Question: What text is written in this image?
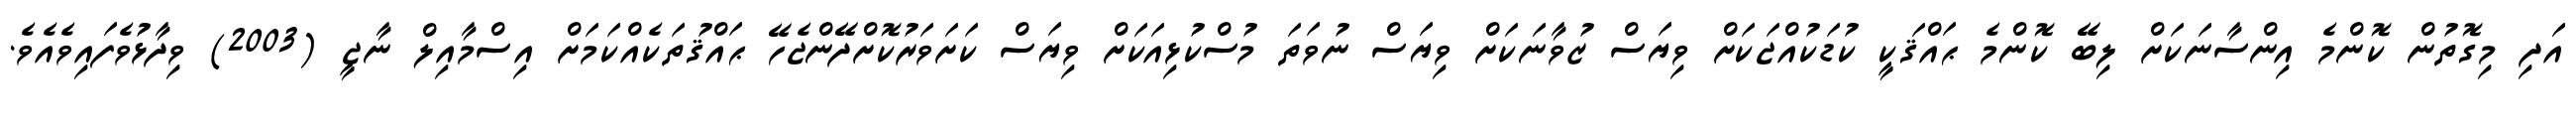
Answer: އަދި މިގޮތުން ކޮންމެ އިންސާނަކަށް ލިބޭ ކޮންމެ ޙައްޤަކީ ކުޑަކުއްޖަކަށް ވިޔަސް ޒުވާނަކަށް ވިޔަސް ނުވަތަ މުސްކުޅިއަކަށް ވިޔަސް ކަށަވަރުކޮށްދޭންޖެހޭ ޙައްޤުތަކެއްކަމަށް އިސްމާއިލް ނާޖީ (2003) ވިދާޅުވެފައިވެއެވެ.